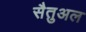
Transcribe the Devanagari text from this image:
सैतुअल